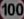
1000000